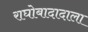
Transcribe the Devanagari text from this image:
राघोबादादाला